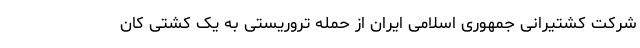
شرکت کشتیرانی جمهوری اسلامی ایران از حمله تروریستی به یک کشتی کان